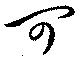
可